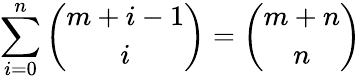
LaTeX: \sum_{i=0}^{n}{\binom{m+i-1}{i}}={\binom{m+n}{n}}